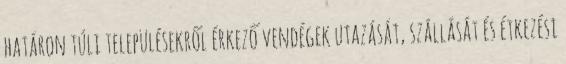
határon túli településekről érkező vendégek utazását, szállását és étkezési